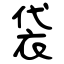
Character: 袋